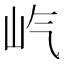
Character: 𪨦